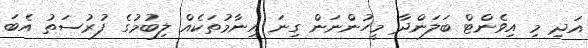
އަދި މި އިވެންޓް ބަލަންދާ މީހުންނަން ގިނަ އިނާމުތަކެއް ލިބުމުގެ ފުރުސަތު އެބަ